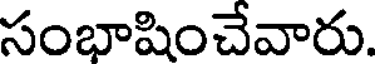
సంభాషించేవారు.